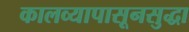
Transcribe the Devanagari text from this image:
कालव्यापासूनसुद्धा